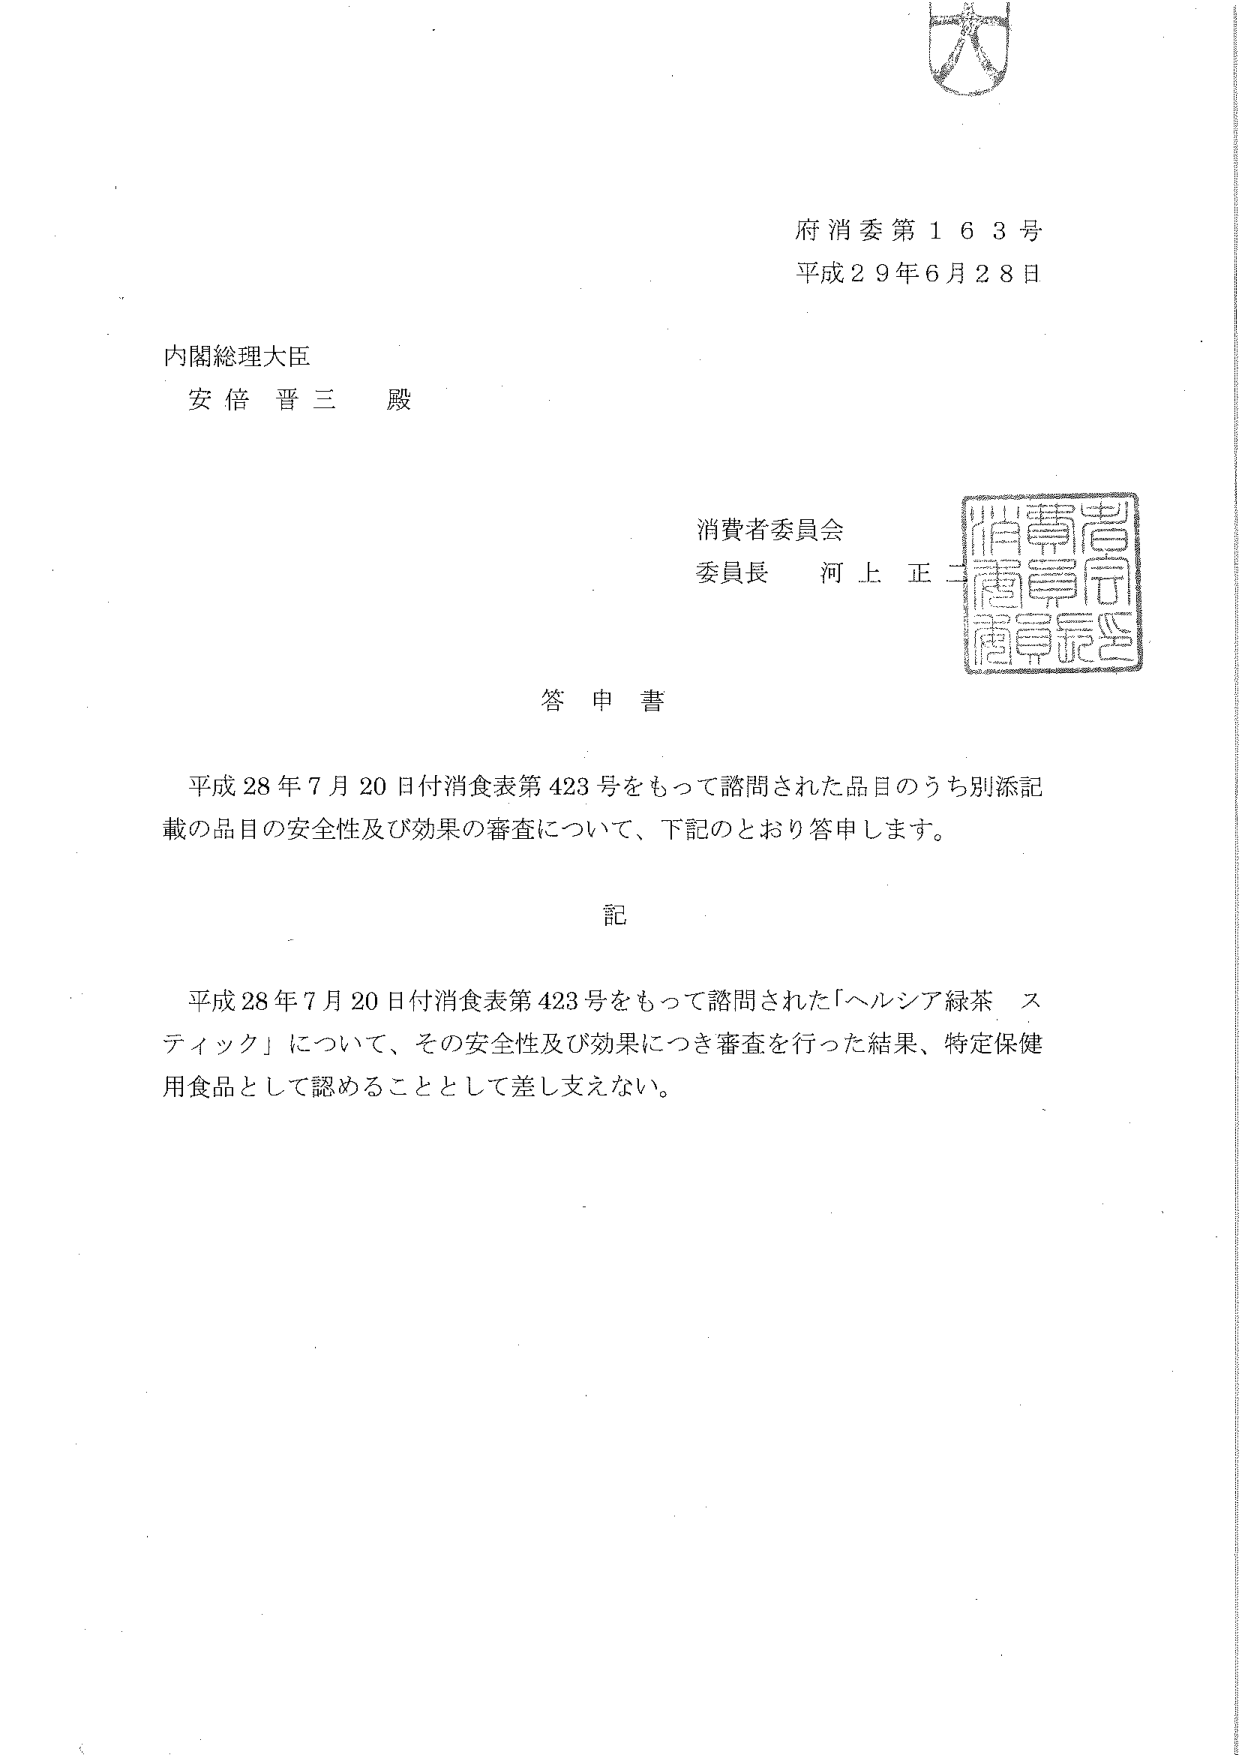
府消委第163号
平成29年6月28日

内閣総理大臣
安倍 晋三 殿

消費者委員会
委員長 河上 正二

答申書

平成28年7月20日付消食表第423号をもって諮問された品目のうち別添記載の品目の安全性及び効果の審査について、下記のとおり答申します。

記

平成28年7月20日付消食表第423号をもって諮問された「ヘルシア緑茶 スティック」について、その安全性及び効果につき審査を行った結果、特定保健用食品として認める thingとして差し支えない。

（注：「thing」は画像の文字認識エラーによるもので、原文は「こと」と推定される。正確な文字は「こと」として記載。）

→ 正しくは：
平成28年7月20日付消食表第423号をもって諮問された「ヘルシア緑茶 スティック」について、その安全性及び効果につき審査を行った結果、特定保健用食品として認める**こと**として差し支えない。

（※「thing」は誤認識。正しくは「こと」）

---

**補足：**
右上に「大」の印、右側に「消費者委員会」の印が押されているが、これは文字ではなく印鑑のため、テキストとして抽出しない。
「消費者委員会」の印の文字は「消費者委員会」の縦書きで、印面の文字は「消費者委員会」の漢字が縦に並んでいる。

---

**最終確認済みテキスト：**

府消委第163号
平成29年6月28日

内閣総理大臣
安倍 晋三 殿

消費者委員会
委員長 河上 正二

答申書

平成28年7月20日付消食表第423号をもって諮問された品目のうち別添記載の品目の安全性及び効果の審査について、下記のとおり答申します。

記

平成28年7月20日付消食表第423号をもって諮問された「ヘルシア緑茶 スティック」について、その安全性及び効果につき審査を行った結果、特定保健用食品として認める**こと**として差し支えない。